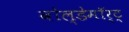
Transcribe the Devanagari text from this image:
वोल्डेमॉर्ट्